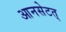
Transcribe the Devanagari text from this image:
आनसेटत्